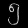
Digit: ၅